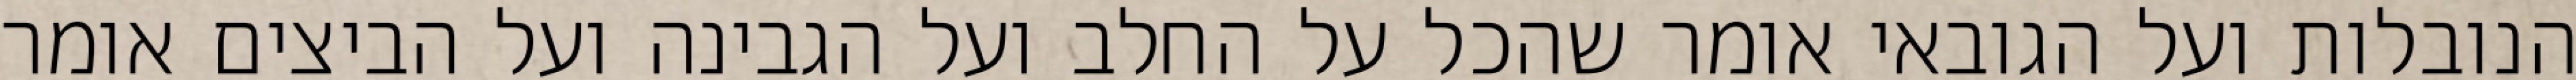
הנובלות ועל הגובאי אומר שהכל על החלב ועל הגבינה ועל הביצים אומר